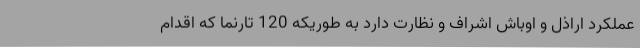
عملکرد اراذل و اوباش اشراف و نظارت دارد به طوریکه 120 تارنما که اقدام